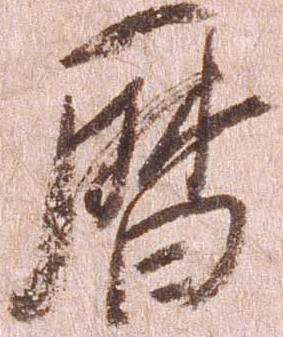
暦